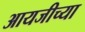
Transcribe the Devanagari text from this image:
आयजीच्या